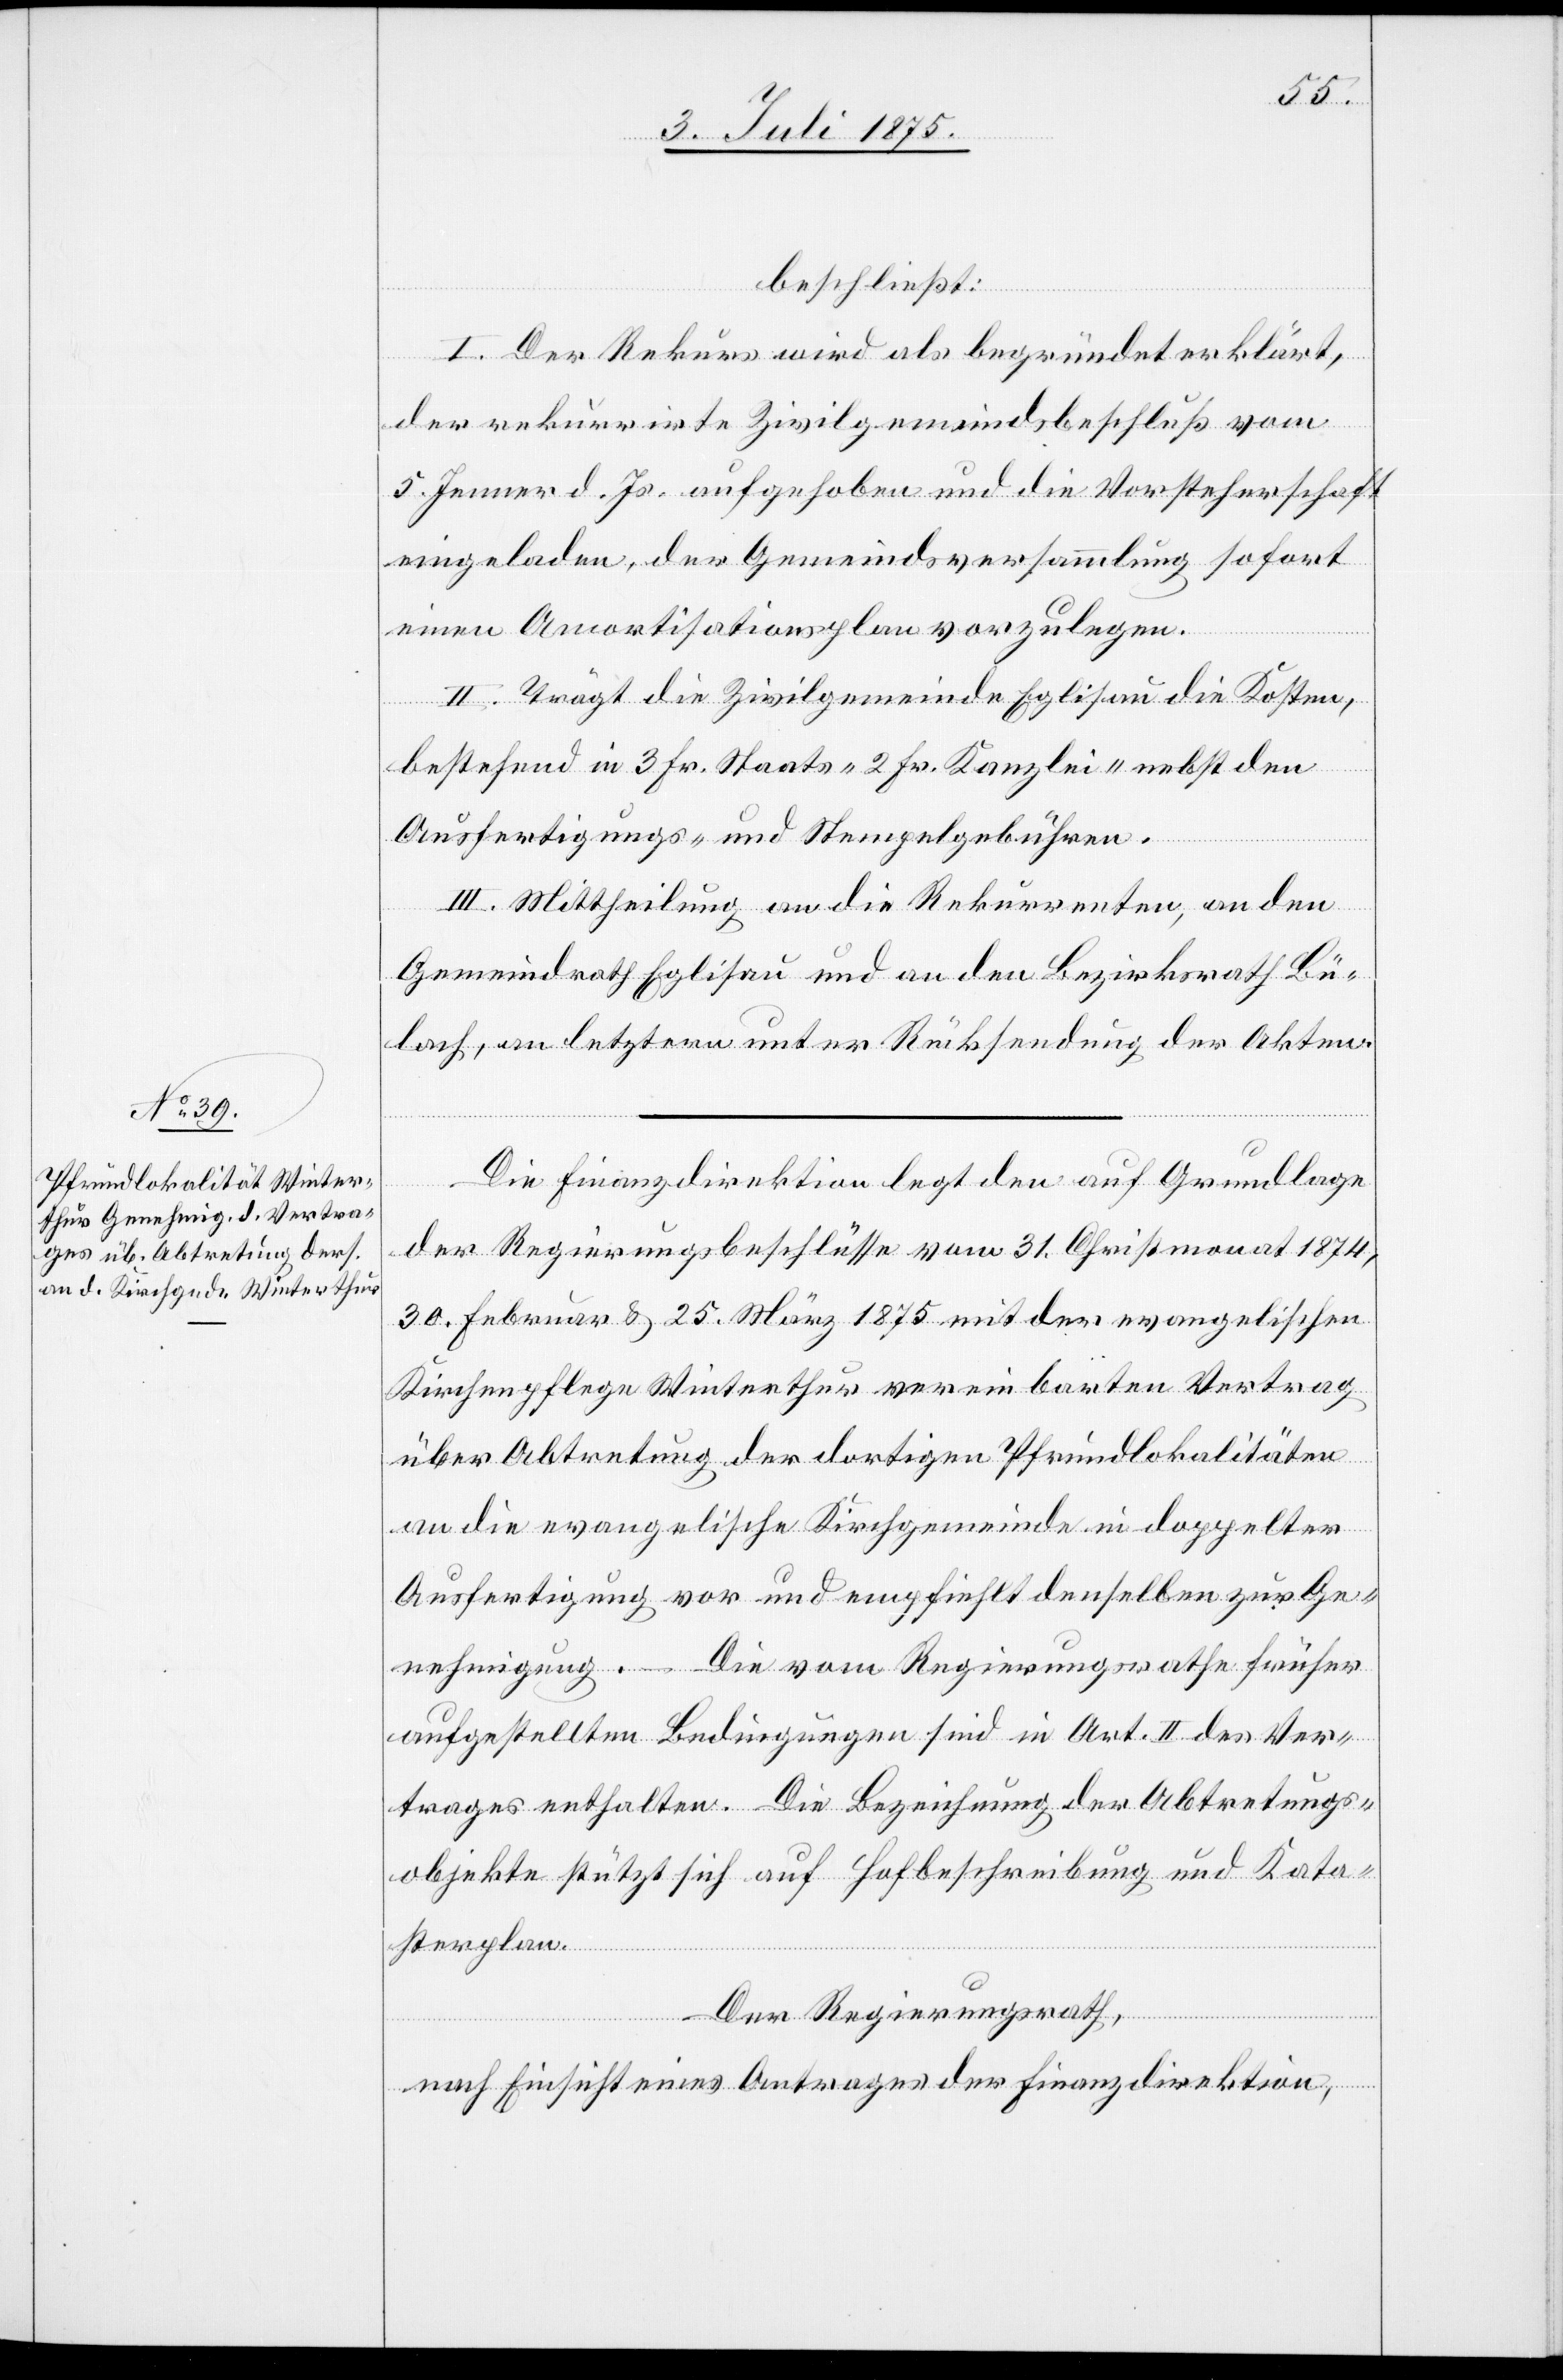
Die Finanzdirektion legt den auf Grundlage
der Regierungsbeschlüsse vom 31. Christmonat 1874,
30. Februar & 25. März 1875 mit der evangelischen
Kirchenpflege Winterthur vereinbarten Ertrag
über Abtretung der dortigen Pfrundlokalitäten
an die evangelische Kirchgemeinde in doppelter
Ausfertigung vor und empfiehlt denselben zur Ge¬
nehmigung. – Die vom Regierungsrathe früher
aufgestellten Bedingungen sind in Art. II des Ver¬
trages enthalten. Die Bedingung der Abtretungs¬
objekte stützt sich auf Hofbeschreibung und Kata¬
sterplan.
Der Regierungsrath,
nach Einsicht eines Antrages der Finanzdirektion,